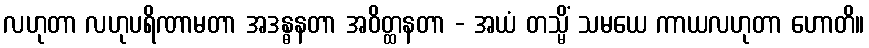
လဟုတာ လဟုပရိဏာမတာ အဒန္ဓနတာ အဝိတ္ထနတာ - အယံ တသ္မိံ သမယေ ကာယလဟုတာ ဟောတိ။